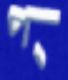
প্